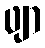
ဖျာ